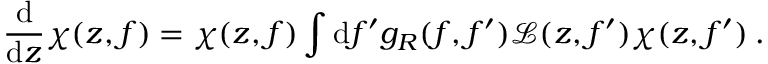
\frac { \mathrm { d } } { \mathrm { d } z } \chi ( z , f ) = \chi ( z , f ) \int \mathrm { d } f ^ { \prime } g _ { R } ( f , f ^ { \prime } ) \mathcal { L } ( z , f ^ { \prime } ) \chi ( z , f ^ { \prime } ) \: .